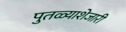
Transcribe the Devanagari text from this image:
पुतळ्याशेजारी